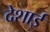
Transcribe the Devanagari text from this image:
देशाई